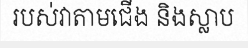
របស់វាតាមជើង និងស្លាប